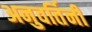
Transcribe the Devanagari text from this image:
अनुवर्तिनी